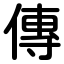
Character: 傳